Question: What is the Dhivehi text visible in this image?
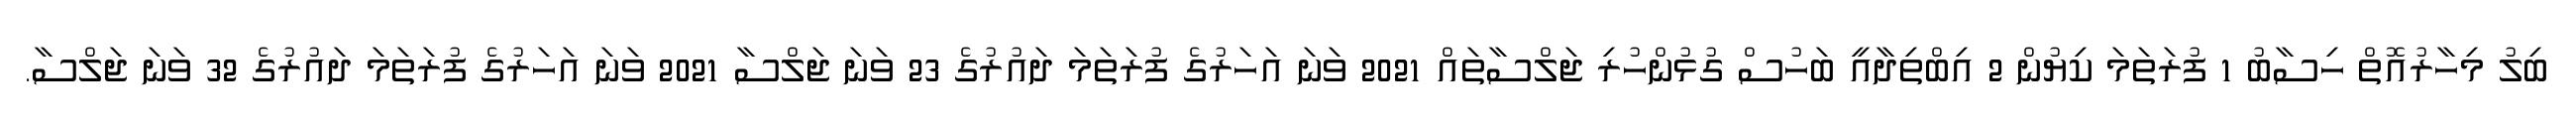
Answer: ބިލު މިހާރުއޮތް ހިސާބު 1 ފުރަތަމަ ކިޔުން 2 އިބްތިދާއީ ބަހުސް ގުޅުންހުރި ޖަލްސާތައް 2021 ވަނަ އަހަރުގެ ފުރަތަމަ ދައުރުގެ 23 ވަނަ ޖަލްސާ 2021 ވަނަ އަހަރުގެ ފުރަތަމަ ދައުރުގެ 32 ވަނަ ޖަލްސާ.